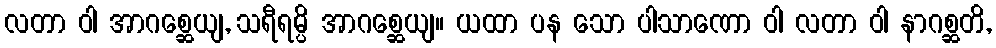
လတာ ဝါ အာဂစ္ဆေယျ, သရီရမ္ပိ အာဂစ္ဆေယျ။ ယထာ ပန သော ပါသာဏော ဝါ လတာ ဝါ နာဂစ္ဆတိ,